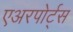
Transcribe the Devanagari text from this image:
एअरपोर्ट्‌स